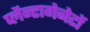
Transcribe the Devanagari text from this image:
प्लैन्टागेनेटों